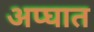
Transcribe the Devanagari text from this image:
अप्घात